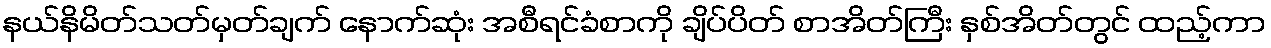
နယ်နိမိတ်သတ်မှတ်ချက် နောက်ဆုံး အစီရင်ခံစာကို ချိပ်ပိတ် စာအိတ်ကြီး နှစ်အိတ်တွင် ထည့်ကာ